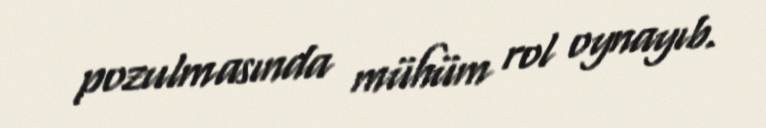
pozulmasında mühüm rol oynayıb.